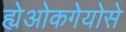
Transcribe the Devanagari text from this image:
ह्येओकगेयोसे